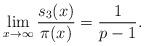
LaTeX: \begin{align*}\lim_{x \to \infty} \frac{s_3(x)}{\pi(x)} = \frac{1}{p-1}.\end{align*}